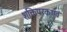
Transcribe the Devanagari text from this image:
शक्तिपरकएवं